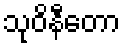
သုဝိနီတော